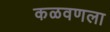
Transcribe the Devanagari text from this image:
कळवणला